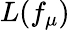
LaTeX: L(f_{\mu})